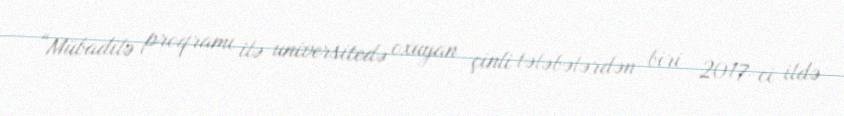
“Mübadilə proqramı ilə universitedə oxuyan çinli tələbələrdən biri 2017-ci ildə